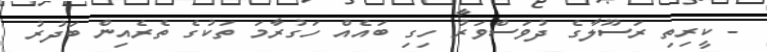
- ކީރިތި ރަސޫލާގެ ދުވަސްވަރު ހިގި ބައެއް ހަގުރާމަ ތަކުގެ ތެރެއިން ބަދުރު